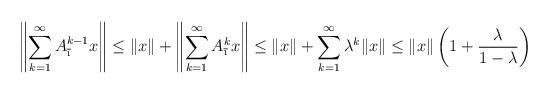
LaTeX: \begin{align*}\left\|\sum_{k=1}^{\infty}A_{\overline{\i}}^{k-1} x\right\|\leq \|x\|+\left\|\sum_{k=1}^{\infty}A_{\overline{\i}}^{k}x\right\|\leq \|x\|+\sum_{k=1}^{\infty}\lambda^k\|x\|\leq \|x\|\left(1+\frac{\lambda}{1-\lambda}\right)\end{align*}